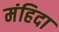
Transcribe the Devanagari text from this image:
मंहिदा